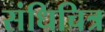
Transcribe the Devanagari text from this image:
संधिचित्र